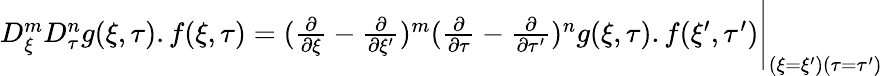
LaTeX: \begin{array}{r}{D_{\xi}^{m}D_{\tau}^{n}g(\xi,\tau).f(\xi,\tau)=(\frac{\partial}{\partial\xi}-\frac{\partial}{\partial\xi^{\prime}})^{m}(\frac{\partial}{\partial\tau}-\frac{\partial}{\partial\tau^{\prime}})^{n}g(\xi,\tau).f(\xi^{\prime},\tau^{\prime})\Bigg|_{(\xi=\xi^{\prime})(\tau=\tau^{\prime})}}\end{array}